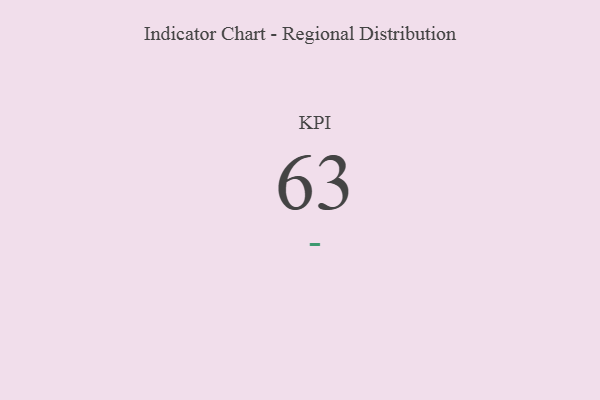
{"axis": {"x": "KPI", "y": "Value"}, "legend": [""], "data": [{"x": "KPI", "y": 63, "type": ""}]}